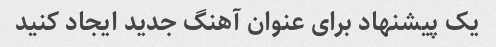
یک پیشنهاد برای عنوان آهنگ جدید ایجاد کنید